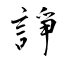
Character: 諍